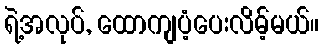
ရဲ့အလုပ်, ထောကျပံ့ပေးလိမ့်မယ်။